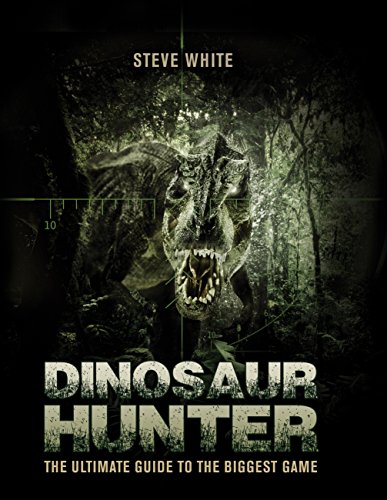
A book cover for Dinosaur Hunter: The Ultimate Guide to the Biggest Game (Open Book Adventures); Steve White; Humor & Entertainment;